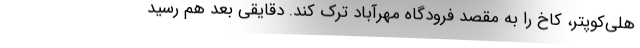
هلی‌کوپتر، کاخ را به مقصد فرودگاه مهرآباد ترک کند. دقایقی بعد هم رسید